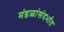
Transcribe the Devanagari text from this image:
मंडळांसंदर्भात